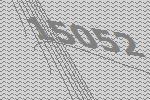
15052